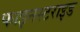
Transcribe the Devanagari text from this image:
फाइनस्टराइड